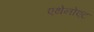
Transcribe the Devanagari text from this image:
एथेनोएट